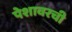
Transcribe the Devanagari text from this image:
पेशावरची